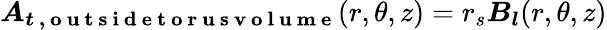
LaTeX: \boldsymbol{A_{t\mathrm{~,~o~u~t~s~i~d~e~t~o~r~u~s~v~o~l~u~m~e~}}}(r,\theta,z)=r_{s}\boldsymbol{B_{l}}(r,\theta,z)